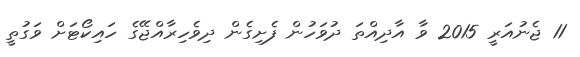
11 ޖެނުއަރީ 2015 ވާ އާދިއްތަ ދުވަހުން ފެށިގެން ދިވެހިރާއްޖޭގެ ހައިކޯޓަށް ވަގުތީ